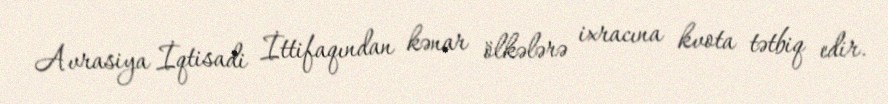
Avrasiya İqtisadi İttifaqından kənar ölkələrə ixracına kvota tətbiq edir.